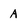
Character: A